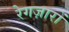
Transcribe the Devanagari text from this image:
रेगज़ारों